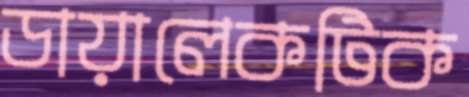
ডায়ালেকটিক